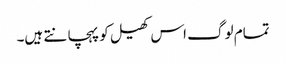
تمام لوگ اس کھیل کو پہچانتے ہیں۔